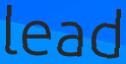
lead